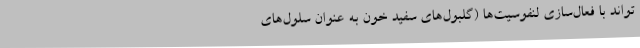
‌تواند با فعال‌سازی لنفوسیت‌ها (گلبول‌های سفید خون به عنوان سلول‌های